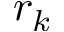
r _ { k }